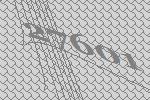
27601